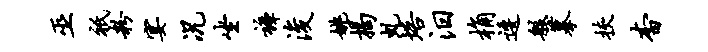
巫只粉宴况坐裤浚姚揭虬培汨桷逶般摹挟杳